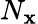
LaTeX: N_{\mathbf{x}}